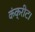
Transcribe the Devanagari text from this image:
कंक्रीट।